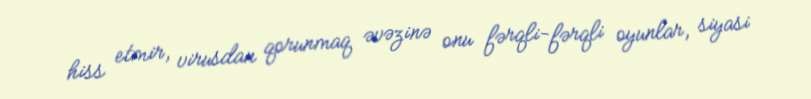
hiss etmir, virusdan qorunmaq əvəzinə onu fərqli-fərqli oyunlar, siyasi